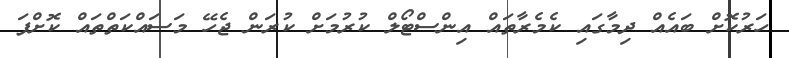
ހަރުކޮށް ބައެއް ދިމާގައި ކެމެރާތައް އިންސްޓޯލް ކުރުމަށް ކުރަން ޖެހޭ މަސައްކަތްތައް ކޮށްފަ